DOW-UAP-D27, Mission Report, United Arab Emirates, October 2023
Agency: Department of War
Incident date: 6/7/24
Incident location: Gulf of Oman
Page 2
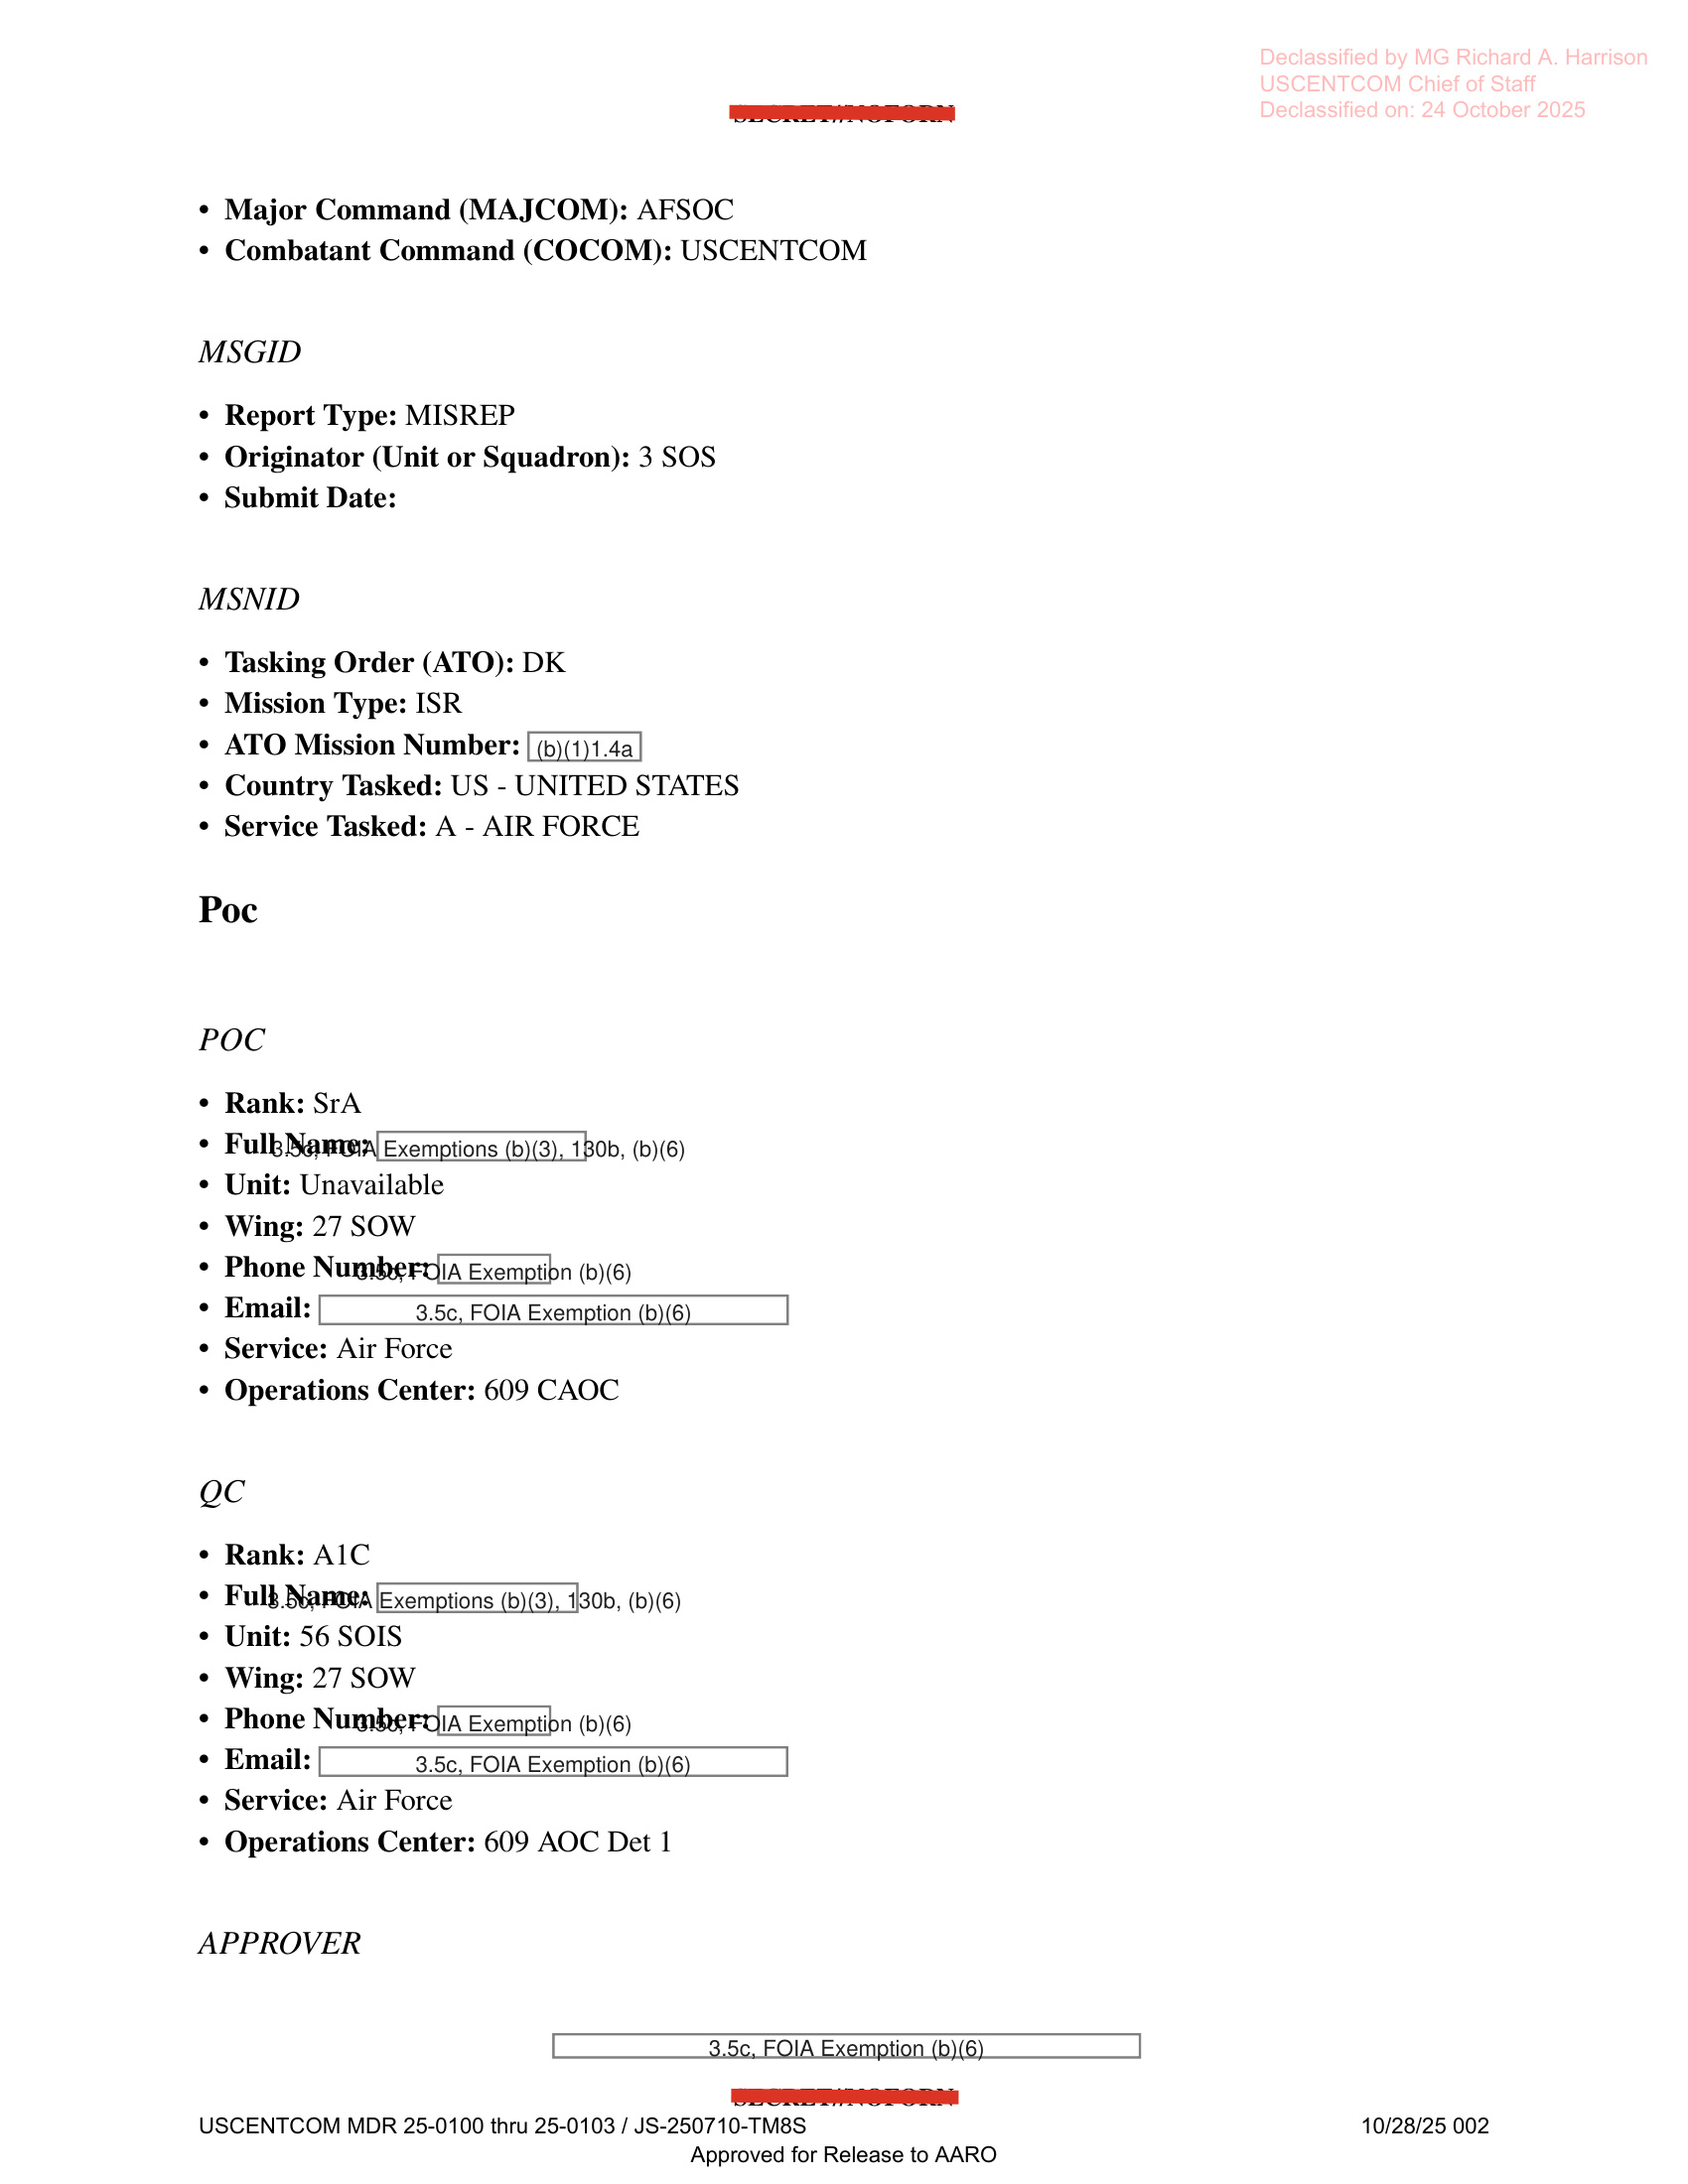